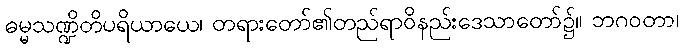
ဓမ္မသဏ္ဍိတိပရိယာယေ၊ တရားတော်၏တည်ရာဝိနည်းဒေသာတော်၌။ ဘဂဝတာ၊